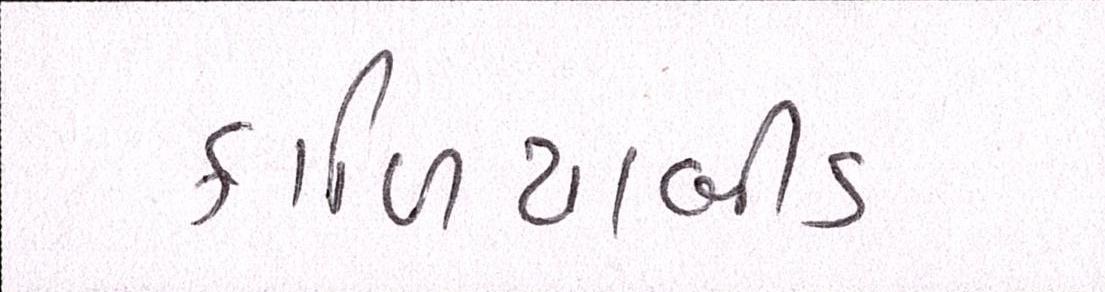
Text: કાળિયાબીડ